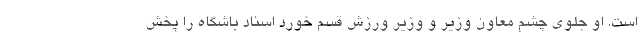
است. او جلوی چشم معاون وزیر و وزیر ورزش قسم خورد اسناد باشگاه را پخش